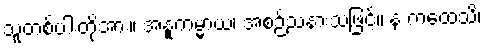
သူတစ်ပါးတို့အား။ အနူကမ္မာယ၊ အစဉ်သနားသဖြင့်။ န ကထေသိ၊